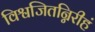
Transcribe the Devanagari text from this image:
विश्वजितन्निरीहं